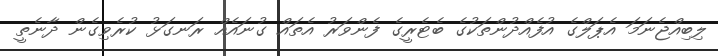
ލިބިއްޖެނަމަ އެޕަލްގެ އުފެއްދުންތަކުގެ ބެޓެރީގެ ފެންވަރު އެތައް ގުނައެއް ރަނގަޅު ކުރެވިގެން ދާނެތީ